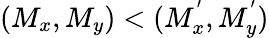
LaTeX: (M_{x},M_{y})<(M_{x}^{'},M_{y}^{'})